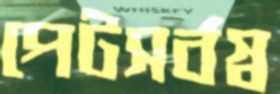
পেটসর্বস্ব